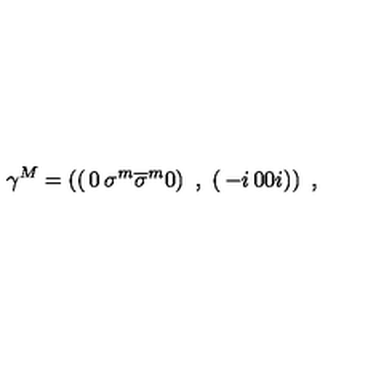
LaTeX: \gamma ^ { M } = \left( \left( \begin{matrix} { 0 } & { \sigma ^ { m } } \\ { \overline { { \sigma } } ^ { m } } & { 0 } \\ \end{matrix} \right) \ , \ \left( \begin{matrix} { - i } & { 0 } \\ { 0 } & { i } \\ \end{matrix} \right) \right) \ ,